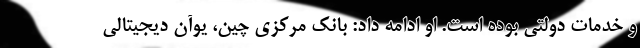
و خدمات دولتی بوده است. او ادامه داد: بانک مرکزی چین، یوآن دیجیتالی